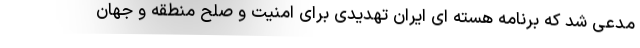
مدعی شد که برنامه هسته ای ایران تهدیدی برای امنیت و صلح منطقه و جهان